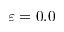
\varepsilon = 0 . 0